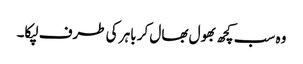
وہ سب کچھ بھول بھال کر باہر کی طرف لپکا۔